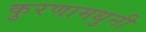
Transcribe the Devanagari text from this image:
कुरणामधुनी